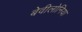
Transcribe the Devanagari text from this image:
बेवीलोनिया